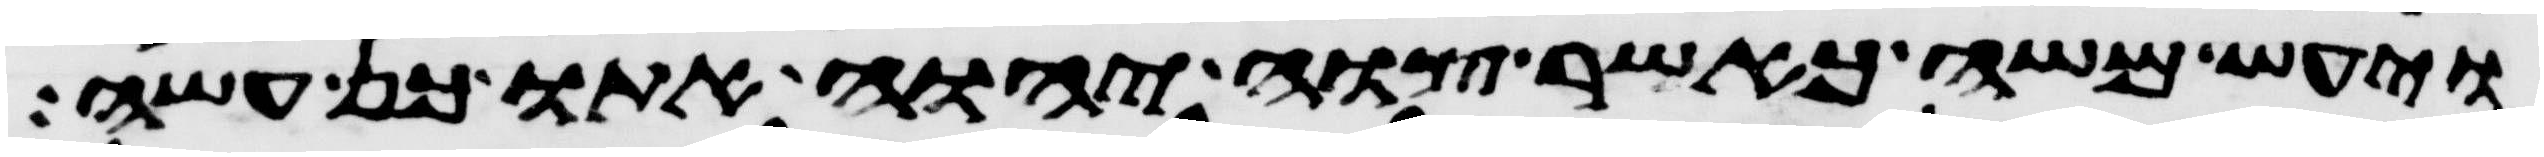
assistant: ויעש משה כאשר צוה יהוה אתו כן עשה